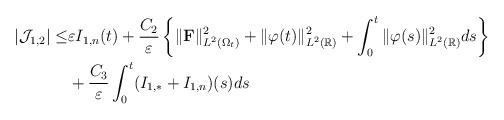
LaTeX: \begin{align*}\vert\mathcal J_{1,2}\vert\le &\varepsilon I_{1,n}(t)+\frac{C_2}{\varepsilon}\left\{\Vert{\mathbf F}\Vert_{L^2(\Omega_t)}^2+\Vert\varphi(t)\Vert_{L^2(\mathbb R)}^2+\int_0^t\Vert\varphi(s)\Vert^2_{L^2(\mathbb R)}ds\right\}\\&+\frac{C_3}{\varepsilon}\int_0^t (I_{1,\ast}+I_{1,n})(s)ds\end{align*}